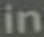
in